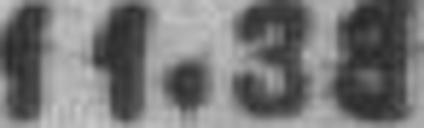
11.38